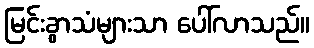
မြင်းခွာသံများသာ ပေါ်လာသည်။